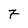
Character: 7